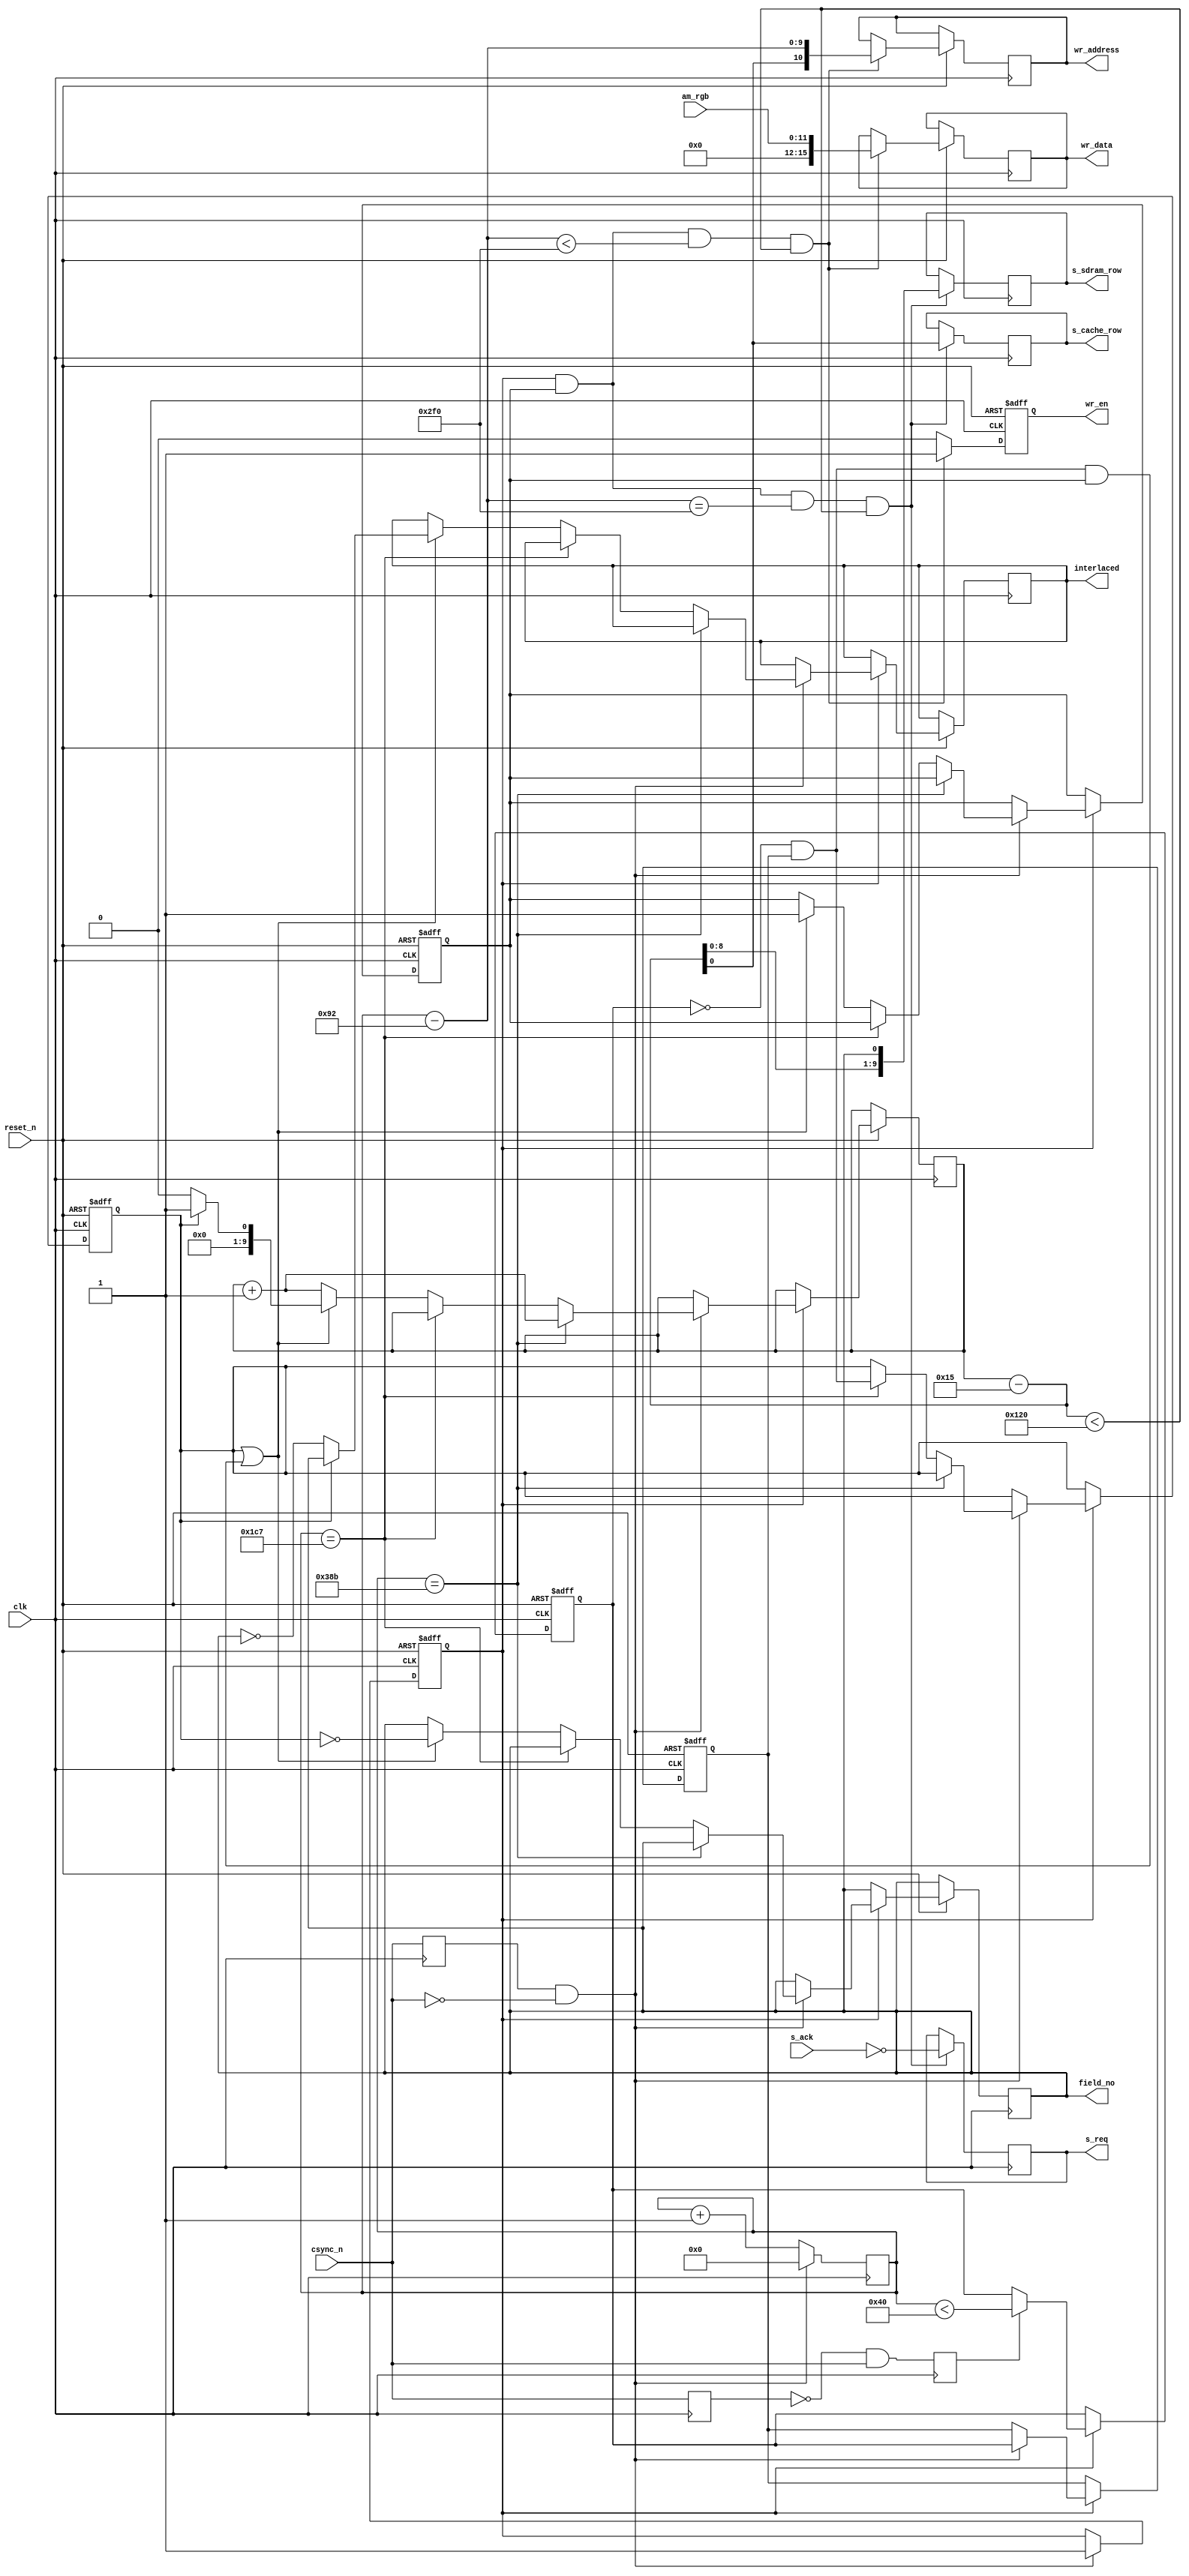
/*
 * Written Christmas 2019 by Niklas Ekstrm
 */
module amiga_frame_sampler(
   input                reset_n,

   input                clk,
   input                csync_n,
   input       [11:0]   am_rgb,

   output reg  [10:0]   wr_address,
   output reg           wr_en,
   output reg  [15:0]   wr_data,

   output reg           s_req,
   input                s_ack,
   output reg           s_cache_row,
   output reg  [9:0]    s_sdram_row,

   output reg           interlaced,
   output reg           field_no
   );

   localparam FULL_ROW_LENGTH           = 10'd908;
   localparam LEFT_HALF_ROW_LENGTH      = 10'd456;
   localparam RIGHT_HALF_ROW_LENGTH     = 10'd452;

   localparam NORMAL_PULSE_LENGTH       = 10'd68;
   localparam SHORT_PULSE_LENGTH        = 10'd32;
   localparam LONG_LEFT_PULSE_LENGTH    = 10'd388;
   localparam LONG_RIGHT_PULSE_LENGTH   = 10'd384;

   localparam X_START       = 10'd147;
   localparam Y_START       = 10'd22;

   localparam BOX_WIDTH     = 10'd752;
   localparam BOX_HEIGHT    = 10'd288;

   reg prev_ne_csync_n = 1'b1;
   reg csync_rising = 1'b0;

   always @(negedge clk)
   begin
      prev_ne_csync_n <= csync_n;
      csync_rising <= !prev_ne_csync_n && csync_n;
   end

   reg prev_pe_csync_n;
   always @(posedge clk)
      prev_pe_csync_n <= csync_n;

   wire csync_falling = prev_pe_csync_n && !csync_n;

   reg x_cnt_started = 1'b0;
   reg y_cnt_started = 1'b0;

   reg [9:0] x_cnt;
   reg [9:0] y_cnt;

   always @(posedge clk or negedge reset_n)
   begin
      if (!reset_n)
         x_cnt_started <= 1'b0;
      else if (csync_falling)
         x_cnt_started <= 1'b1;
   end

   always @(posedge clk)
   begin
      if (csync_falling)
         x_cnt <= 10'd0;
      else
         x_cnt <= x_cnt + 10'd1;
   end

   reg half_row_short = 1'b0;
   reg prev_half_row_short = 1'b0;
   reg lhr_first = 1'b0;

   always @(posedge clk or negedge reset_n)
   begin
      if (!reset_n)
      begin
         y_cnt_started <= 1'b0;

         half_row_short <= 1'b0;
         prev_half_row_short <= 1'b0;

         lhr_first <= 1'b0;
      end
      else
      begin
         if (x_cnt_started)
         begin
            if (csync_falling)
            begin
               if (x_cnt == FULL_ROW_LENGTH - 10'd1)
                  y_cnt <= y_cnt + 10'd1;
               else if (x_cnt == LEFT_HALF_ROW_LENGTH - 10'd1)
                  lhr_first <= !half_row_short && prev_half_row_short;
               else // if (x_cnt == RIGHT_HALF_ROW_LENGTH - 10'd1)
               begin
                  if (lhr_first || (!half_row_short && prev_half_row_short && y_cnt_started))
                  begin
                     if (lhr_first)
                     begin
                        y_cnt <= 10'd1;
                        interlaced <= field_no == 1'b1;
                     end
                     else
                     begin
                        y_cnt <= 10'd0;
                        interlaced <= field_no == 1'b0;
                     end

                     field_no <= !lhr_first;

                     y_cnt_started <= 1'b1;
                  end
                  else
                     y_cnt <= y_cnt + 10'd1;
               end

               prev_half_row_short <= half_row_short;
            end

            if (csync_rising)
               half_row_short <= (x_cnt < 10'd64);
         end
      end
   end

   wire [9:0] y_pos = y_cnt - (Y_START - 10'd1);
   wire [9:0] x_pos = x_cnt - (X_START - 10'd1);

   always @(posedge clk or negedge reset_n)
   begin
      if (!reset_n)
         wr_en <= 1'b0;
      else
      begin
         if (x_cnt_started && y_cnt_started && x_pos < BOX_WIDTH && y_pos < BOX_HEIGHT)
         begin
            wr_address <= {y_pos[0], x_pos};
            wr_en <= 1'b1;
            wr_data <= {4'd0, am_rgb};
         end
         else
            wr_en <= 1'b0;
      end
   end

   always @(posedge clk)
   begin
      if (x_cnt_started && y_cnt_started && x_pos == BOX_WIDTH && y_pos < BOX_HEIGHT)
      begin
         s_req <= !s_ack;
         s_cache_row <= y_pos[0];
         s_sdram_row <= {y_pos[8:0], field_no};
      end
   end

endmodule